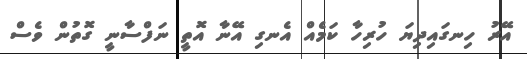
އޭރު ހިނގައިދިޔަ ހުރިހާ ކަމެއް އެނގި އޭނާ އޮތީ ނަފްސާނީ ގޮތުން ވެސް